Annual report on the working of the Harcourt Butler Institute of Public Health, Rangoon
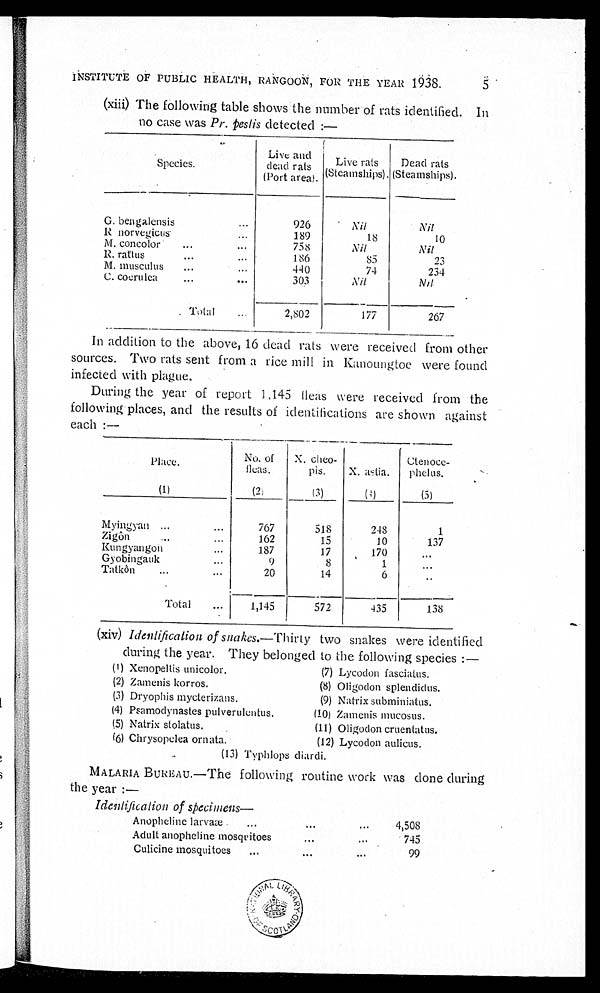
INSTITUTE OF
PUBLIC H EALTH, RANGOON, FOR THE YEAR 1938. 5
(xiii) The following table shows the number of rats identified. In
no case was Pr. peslis detected :—
Species.
Live and
dead rats
(port area).
Live rats
(Steamships).
Dead rats
( S t e a m s h i p s ) .
G. bengalensis ...
926
Nil
Nil
R norvegicus ...
189
18
10
M. concolor
...
...
758
Nil
Nil
R. rattus
...
186
85
23
M. musculus ...
...
440
74
234
C. coerulea
...
. . .
303
N i l
Nil
Total ...
2,802
177
267
In addition to the above, 16 dead rats were received from other
sources. Two rats sent from a rice mill in Kanoungtoe were found
infected with plague.
During the year of report 1,145 fleas were received from the
f ol l owi ng pl aces , and t he r es ul t s of i dent i f i cat i ons ar e s hown agai ns t
each :—
Place .
No. of
fleas.
X. cheo-
pis.
X. astia.
Ctenoce-
phelus.
(1)
( 2 )
(3)
(4)
(5)
Myingyan...
...
767
518
248
1
Z i g ô n
1 6 2
15
10
137
Kungyangon
187
17
170
...
Gyobingauk ...
9
8
1
...
Tatkòn
... ...
20
14
6
. . .
Total
...
1,145
572
435
138
(xiv) Identification of snakes.—Thirty two snakes were identified
during the year. They belonged to the following species :—
(1) Xenopeltis unicolor,
(2) Zamenis korros.
(3) Dryophis mycterizans.
(4) Psamodynastes pulverulentus.
(5) Natrix stolatus.
(6) Chrysopelea ornata.
(7) Lycodon fasciatus.
(8) Oligodon splendidus.
(9) Natrix subminiatus.
(10)
Zamenis mucosus.
(11) Oligodon cruentatus.
(12) Lycodon aulicus.
(13) Typhlops diardi.
MALARIA BUREAU.—The following routine work was done during
the year :—
Identification of specimens—
Anopheline larvaæ
...
...
4,508
Adult anopheline mosquitoes
...
745
Culicine mosquitoes
... ...
99